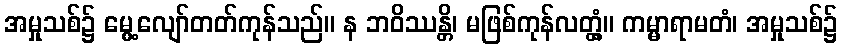
အမှုသစ်၌ မွေ့လျော်တတ်ကုန်သည်။ န ဘဝိဿန္တိ၊ မဖြစ်ကုန်လတ္တံ့။ ကမ္မာရာမတံ၊ အမှုသစ်၌